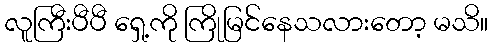
လူကြီးပီပီ ရှေ့ကို ကြိုမြင်နေသလားတော့ မသိ။